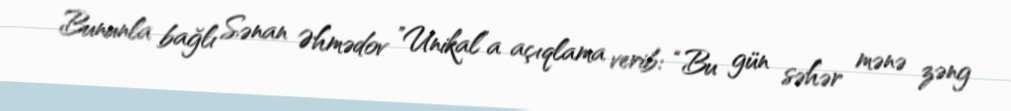
Bununla bağlı Sənan Əhmədov ”Unikal”a açıqlama verib: “Bu gün səhər mənə zəng